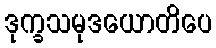
ဒုက္ခသမုဒယောတိပေ